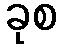
ခုစ